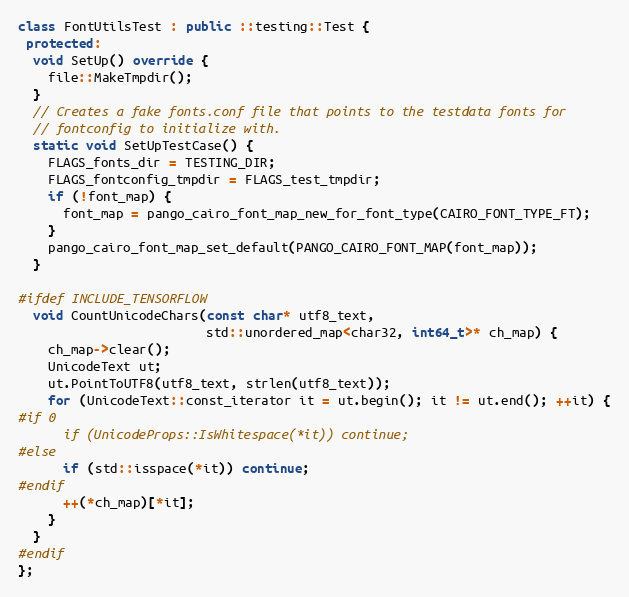
Language: C++
class FontUtilsTest : public ::testing::Test {
 protected:
  void SetUp() override {
    file::MakeTmpdir();
  }
  // Creates a fake fonts.conf file that points to the testdata fonts for
  // fontconfig to initialize with.
  static void SetUpTestCase() {
    FLAGS_fonts_dir = TESTING_DIR;
    FLAGS_fontconfig_tmpdir = FLAGS_test_tmpdir;
    if (!font_map) {
      font_map = pango_cairo_font_map_new_for_font_type(CAIRO_FONT_TYPE_FT);
    }
    pango_cairo_font_map_set_default(PANGO_CAIRO_FONT_MAP(font_map));
  }

#ifdef INCLUDE_TENSORFLOW
  void CountUnicodeChars(const char* utf8_text,
                         std::unordered_map<char32, int64_t>* ch_map) {
    ch_map->clear();
    UnicodeText ut;
    ut.PointToUTF8(utf8_text, strlen(utf8_text));
    for (UnicodeText::const_iterator it = ut.begin(); it != ut.end(); ++it) {
#if 0
      if (UnicodeProps::IsWhitespace(*it)) continue;
#else
      if (std::isspace(*it)) continue;
#endif
      ++(*ch_map)[*it];
    }
  }
#endif
};